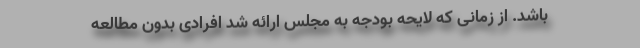
باشد. از زمانی که لایحه بودجه به مجلس ارائه شد افرادی بدون مطالعه